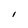
Character: I